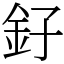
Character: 釨